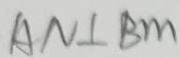
A N \bot B m